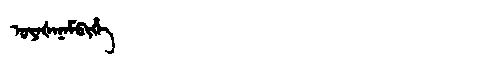
Manchu: ᡠᠶᠠᡧᠠᠨᠠᠮᠪᡳᡥᡝ
Romanization: UYAŠANAMBIHE